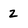
Character: 2